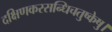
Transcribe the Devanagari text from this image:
दक्षिणकरसन्धिचतुष्केषु।